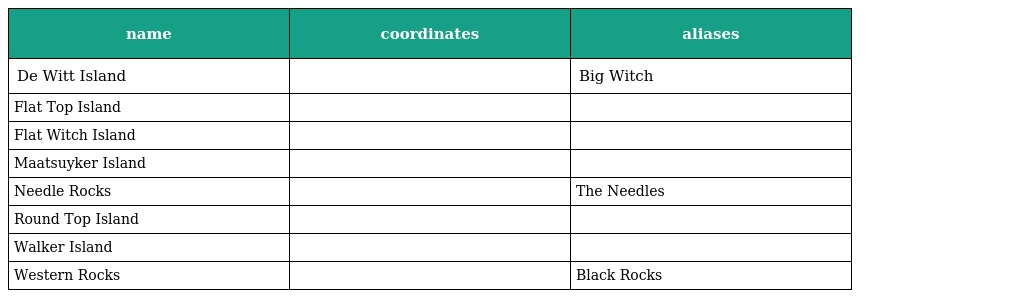
| name | coordinates | aliases |
 | --- | --- | --- |
 | De Witt Island |  | Big Witch |
 | Flat Top Island |  |  |
 | Flat Witch Island |  |  |
 | Maatsuyker Island |  |  |
 | Needle Rocks |  | The Needles |
 | Round Top Island |  |  |
 | Walker Island |  |  |
 | Western Rocks |  | Black Rocks |